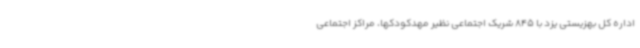
اداره کل بهزیستی یزد با 845 شریک اجتماعی نظیر مهدکودکها، مراکز اجتماعی